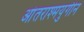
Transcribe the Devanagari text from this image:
आंतराश्मयुगीन